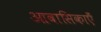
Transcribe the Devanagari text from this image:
आवासिकाएँ